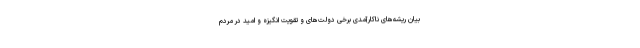
بیان ریشه‌های ناکارآمدی برخی دولت‌های و تقویت انگیزه و امید در مردم